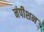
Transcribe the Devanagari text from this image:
नंपीशन